Rangoon Lunatic Asylum 1898-1906 - 1898-1906
Year: 1898
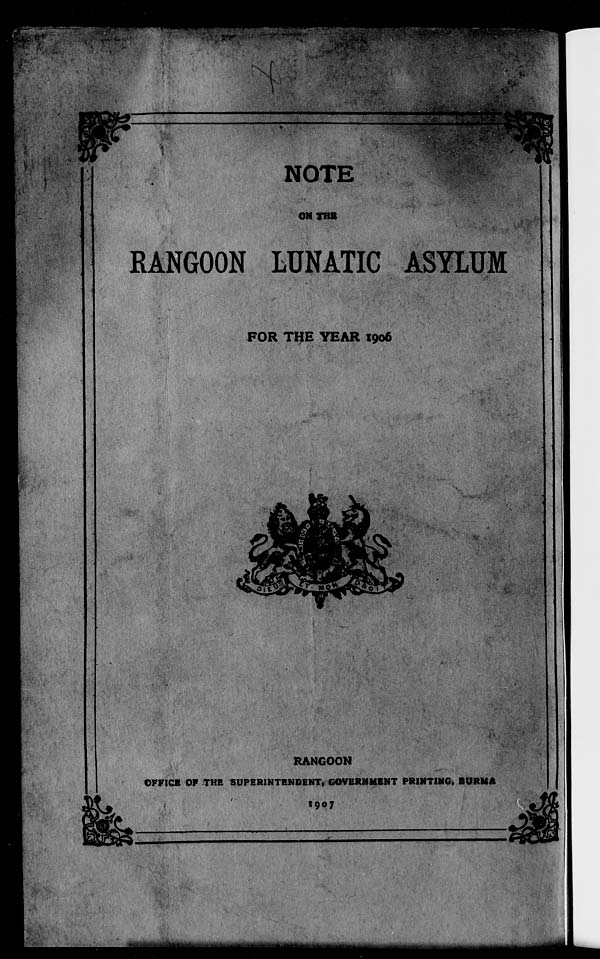
NOTE
ON THE
RANGOON LUNATIC ASYLUM
FOR THE YEAR 1906
RANGOON
OFFICE OF THE SUPERINTENDENT, GOVERNMENT PRINTING, BURMA
1907